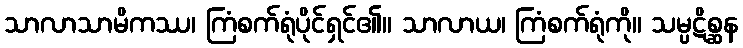
သာလာသာမိကဿ၊ ကြံစက်ရုံပိုင်ရှင်၏။ သာလာယ၊ ကြံစက်ရုံကို။ သမ္ပဋိစ္ဆန